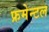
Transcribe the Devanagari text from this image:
फ्रमेन्टल